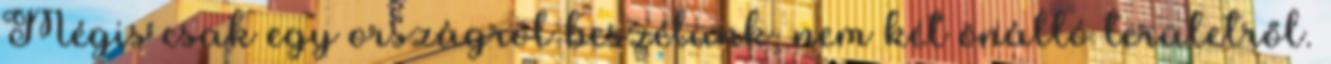
Mégis csak egy országról beszélünk, nem két önálló területről.